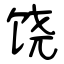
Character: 饶